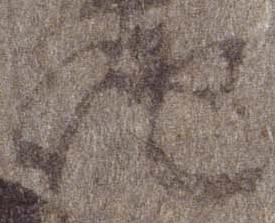
納